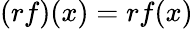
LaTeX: (rf)(x)=rf(x)